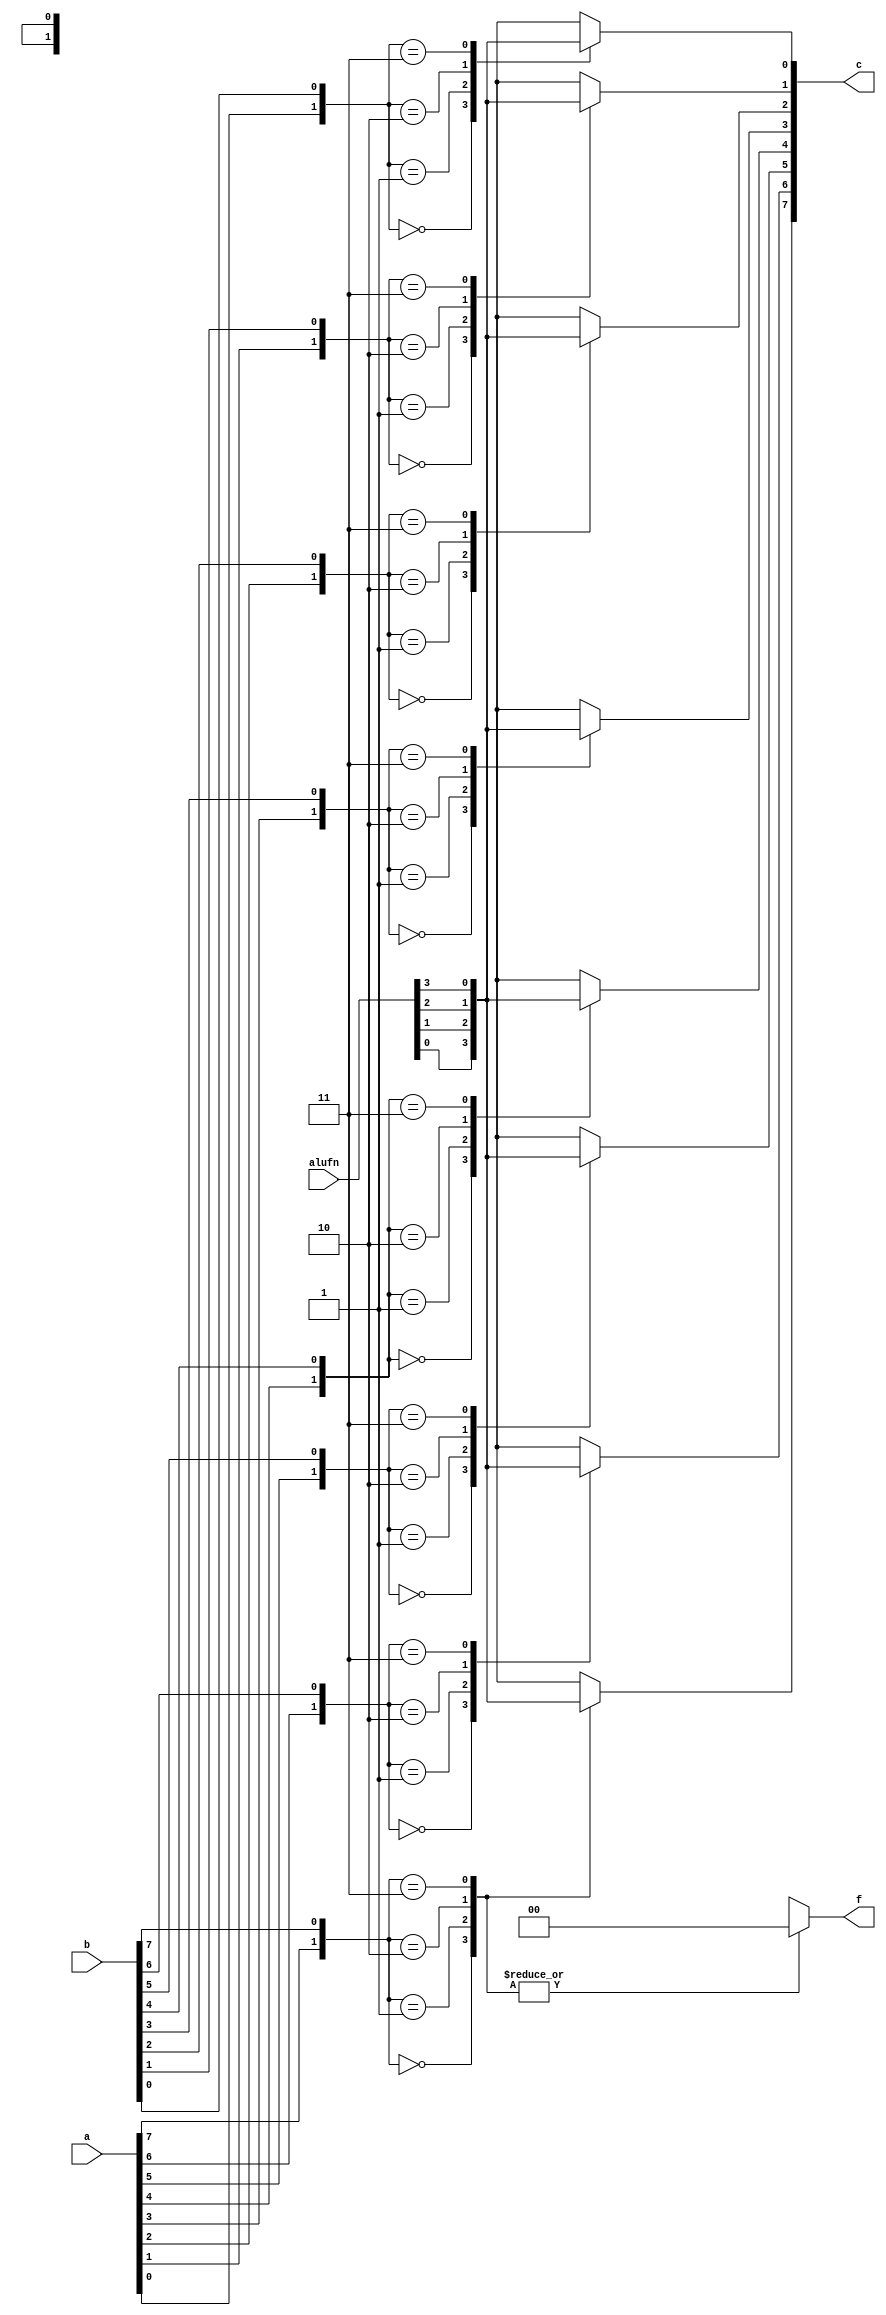
module boole_5 (
    input [5:0] alufn,
    input [7:0] a,
    input [7:0] b,
    output reg [7:0] c,
    output reg [1:0] f
  );
  
  
  
  integer n;
  
  integer in;
  
  always @* begin
    f = 2'h1;
    c = 16'h0000;
    for (n = 1'h0; n < 4'h8; n = n + 1) begin
      in = {a[(n)*1+0-:1], b[(n)*1+0-:1]};
      
      case (in)
        2'h0: begin
          f = 2'h0;
          c[(n)*1+0-:1] = alufn[0+0-:1];
        end
        2'h1: begin
          f = 2'h0;
          c[(n)*1+0-:1] = alufn[1+0-:1];
        end
        2'h2: begin
          f = 2'h0;
          c[(n)*1+0-:1] = alufn[2+0-:1];
        end
        2'h3: begin
          f = 2'h0;
          c[(n)*1+0-:1] = alufn[3+0-:1];
        end
      endcase
    end
  end
endmodule